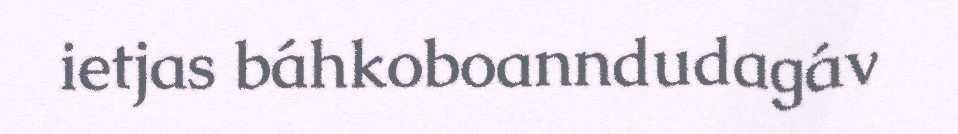
ietjas báhkoboanndudagáv